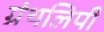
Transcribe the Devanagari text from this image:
ग्रंथलिपी